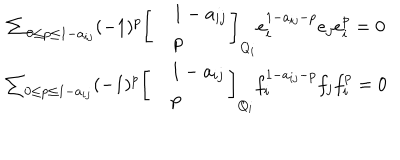
\begin{array} { c } { { \sum _ { 0 \le p \le 1 - a _ { i j } } ( - 1 ) ^ { p } \left[ \begin{array} { c l c r } { { } } & { { 1 - a _ { i j } } } \\ { { } } & { { p } } \\ \end{array} \right] _ { Q _ { i } } e _ { i } ^ { 1 - a _ { i j } - p } e _ { j } e _ { i } ^ { p } = 0 } } \\ { { \sum _ { 0 \le p \le 1 - a _ { i j } } ( - 1 ) ^ { p } \left[ \begin{array} { c l c r } { { } } & { { 1 - a _ { i j } } } \\ { { } } & { { p } } \\ \end{array} \right] _ { Q _ { i } } f _ { i } ^ { 1 - a _ { i j } - p } f _ { j } f _ { i } ^ { p } = 0 } } \\ \end{array}